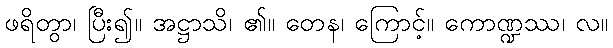
ဖရိတွာ၊ ပြီး၍။ အဋ္ဌာသိ၊ ၏။ တေန၊ ကြောင့်။ ကောဏ္ဍဿ၊ လ။